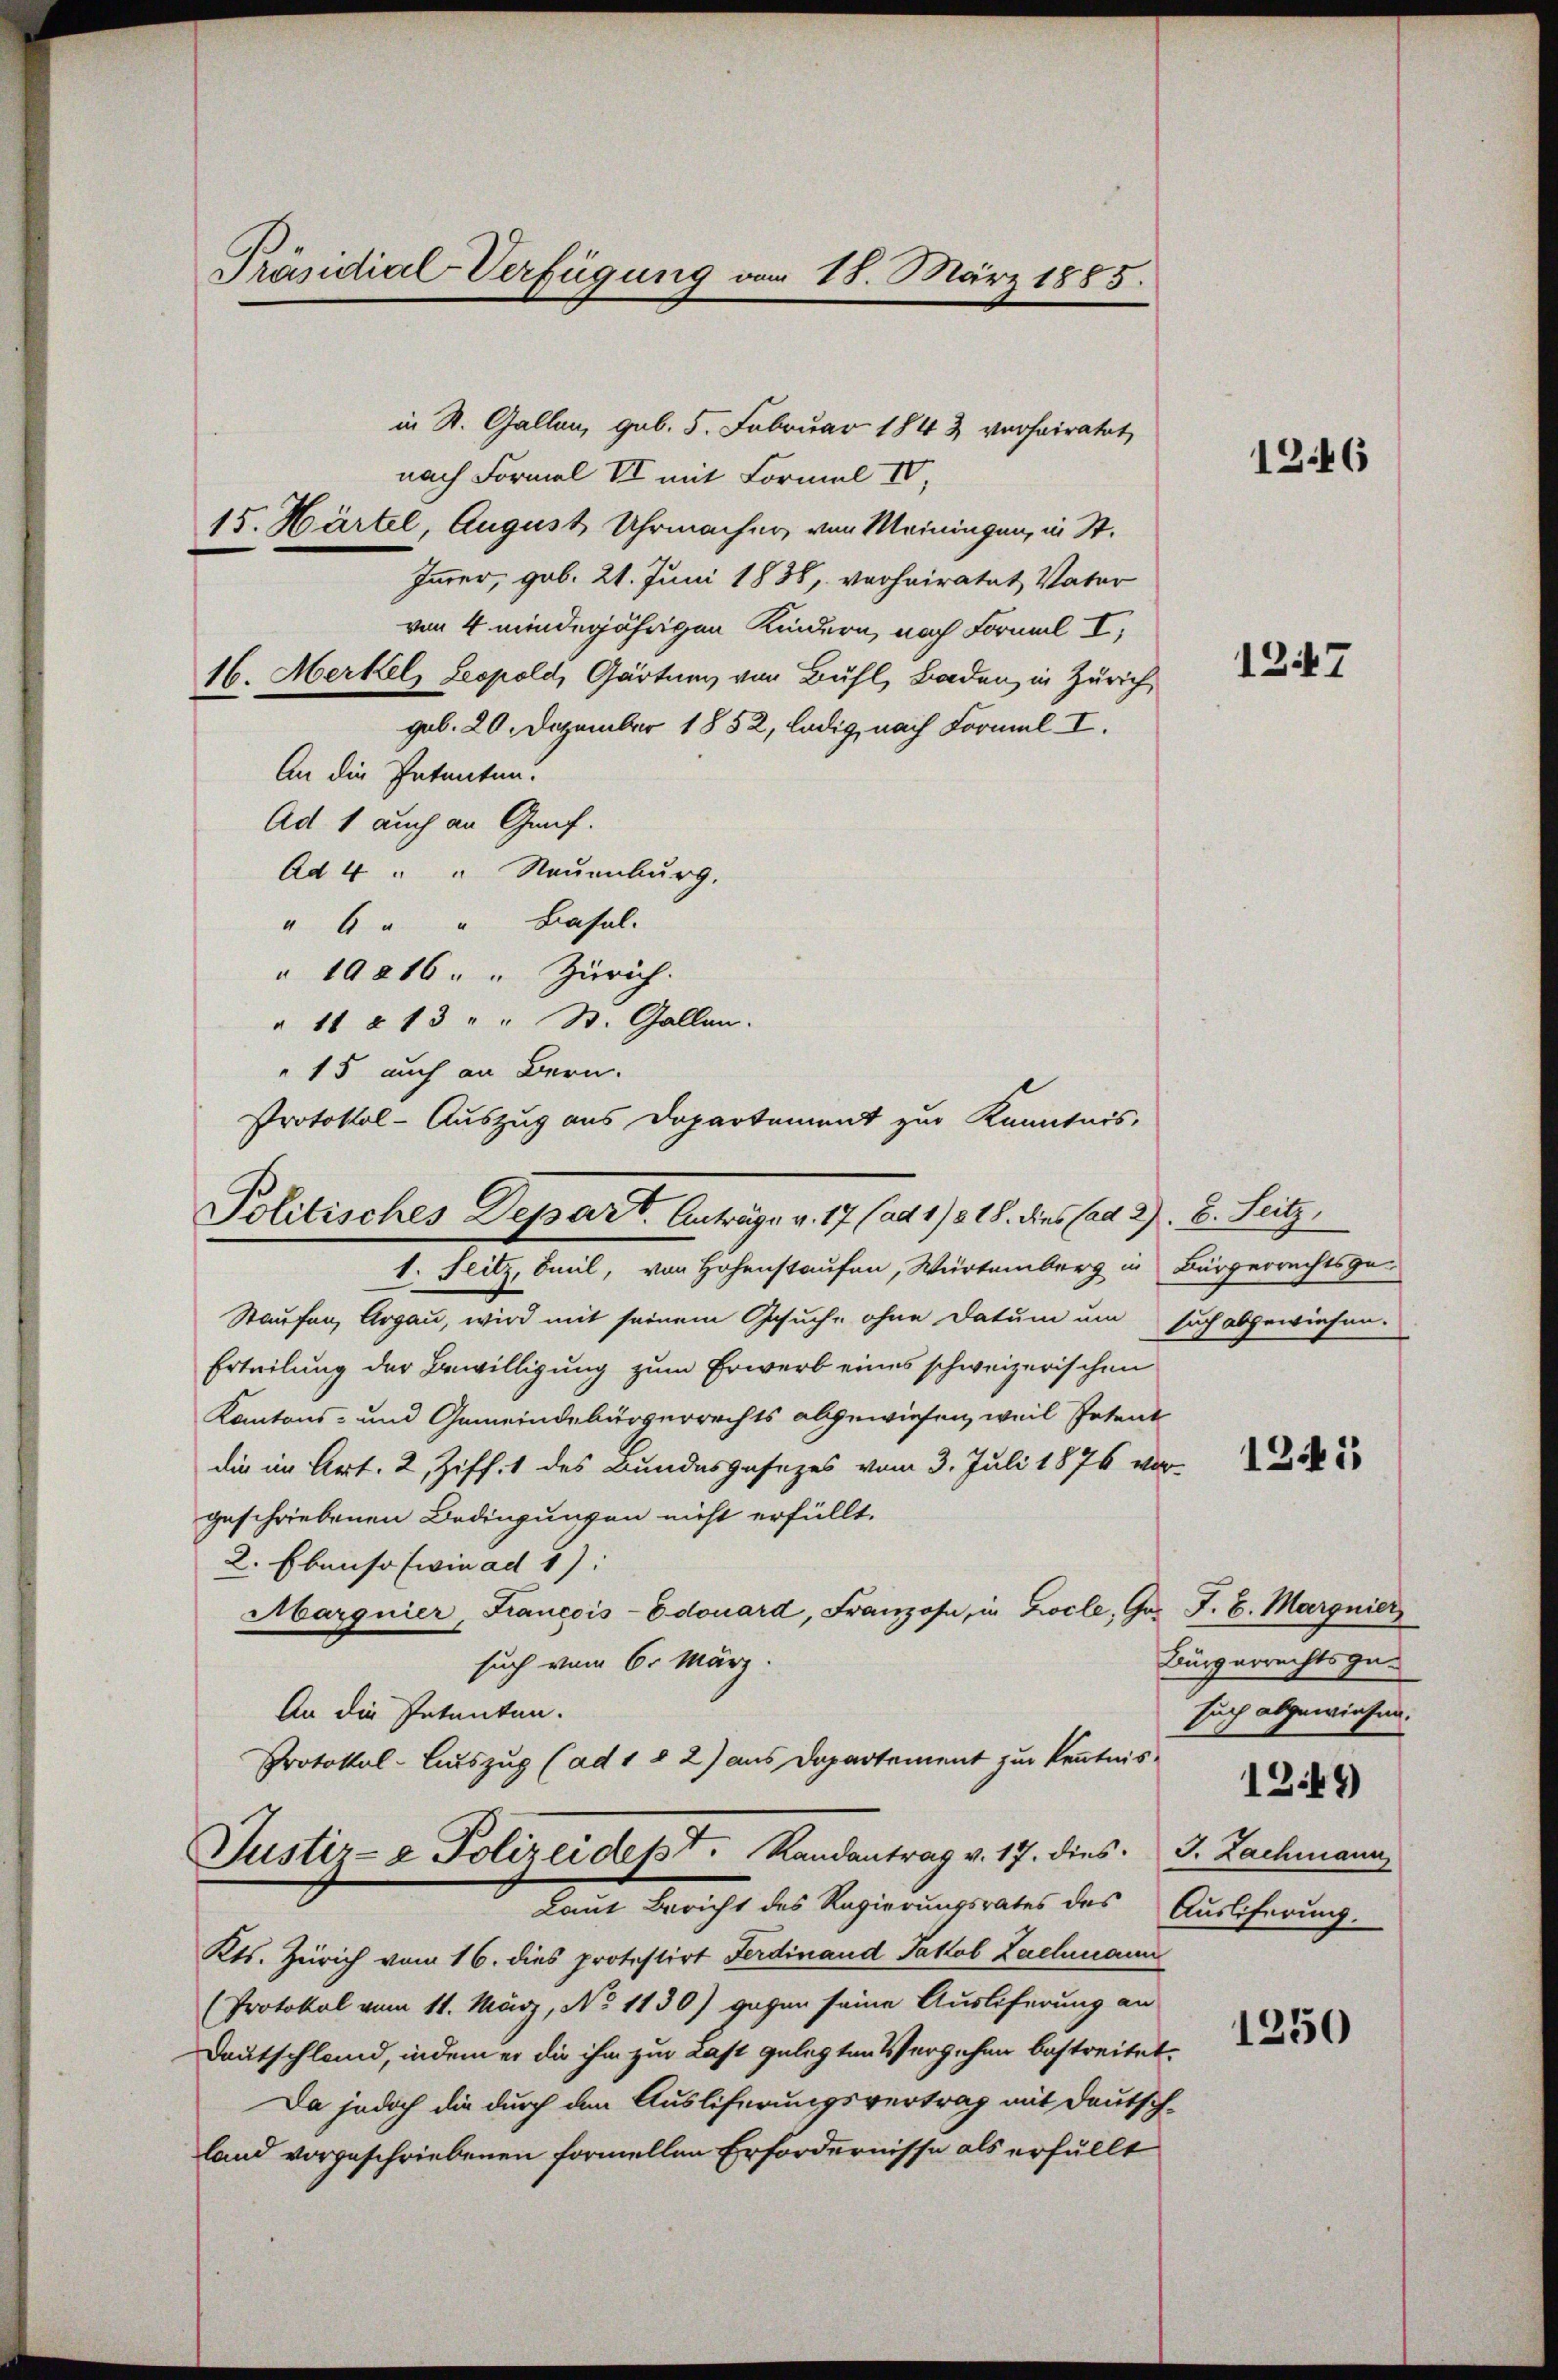
Präsidial-Verfügung vom 18. März 1885.

in St. Gallen, geb. 5. Februar 1843 verheiratet,
nach Formal VII mit Formal IV,
15. Härtel, August Uhrmacher von Meiningen, in St.
Immer, geb. 21. Juni 1838, verheiratet Vater
von 4 minderjährigen Kindern, nach Formal I
16. Merkel, Leopold, Gärtung von Bühl, Baden, in Zürich,
geb. 20. Dezember 1852, ledig, nach Formel I.
An die Patenten.
Ad 1 auch an Graf.
Ad 4 " " Neuenburg.
" 6 " " Basel.
 19816. " Zürich.
" 11 f 13 " " St. Gallen.
15 auch an Bern.
Protokol-Auszug aus Departament zur Kenntnis,

Politisches Depart. Anträge v. 17 (ad 1/2 18. dies (ad 2. B. Seitz,

1. Seitz, Smeil, von Hohenstaufen, Würtemberg in Bürgerrechtsge-
Staufen, Argau, wird mit seinem Gesuche ohne Datum um such abgewiesen.
Erteilung der Bewilligung zum Erwerb eines schweizerischen
Kantons- und Gemeindebürgerrechts abgewiesen, weil Petent
die im Art. 2, Ziff. 1 des Bundesgesezes vom 3. Juli 1876 vor-
geschriebenen Bedingungen nicht erfüllt.
2. Ebenso wie ad 1.
Marguier, Francois-Edouard, Franzose, in Zocle, Gr. F. B. Margnier
such vom 6. März.
An die Petenten.
Protokol-Auszug (ad 1 § 2) aus Departement zur Kenntnis¬
Justiz- & Polizeidekt. Randantrag v. 17. dies. J. Lachmann
Laut Bericht des Regierungsrates des Ausscherung-
Kts. Zürich vom 16. dies protestirt Ferdinand Jakob Lachmann
(Protokol vom 11. März, No 1130) gegen seine Auslieferung an
Deutschland, indem er die ihm zur Last gelegten Vergehen bestreitet.
Da jedoch die durch den Ausliferungsvertrag mit Deutschland vorgeschriebenen formellen Erfordernisse als erfüllt

12446

1247

1241

Bürgerrechtszusuch abgewiesen.
1249)

1250